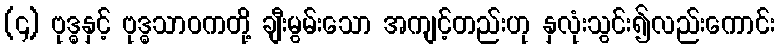
(၄) ဗုဒ္ဓနှင့် ဗုဒ္ဓသာဝကတို့ ချီးမွမ်းသော အကျင့်တည်းဟု နှလုံးသွင်း၍လည်းကောင်း